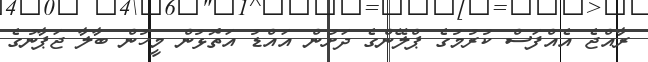
ރާއްޖެ އެއްފަސް ކުރުމުގެ ޕްލޭންގެ ދަށުން އައްްޑު އަތޮޅުން މީހުން ބާލާ ޖަޕާނުގެ